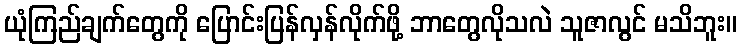
ယုံကြည်ချက်တွေကို ပြောင်းပြန်လှန်လိုက်ဖို့ ဘာတွေလိုသလဲ သူဇာလွင် မသိဘူး။